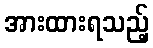
အားထားရသည့်